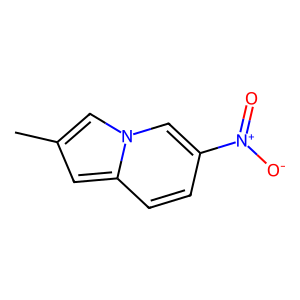
SMILES: Cc1cc2ccc([N+](=O)[O-])cn2c1
Inhibits HIV replication: No